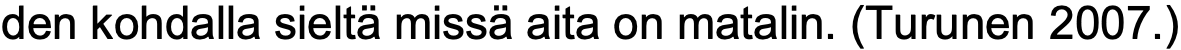
den kohdalla sieltä missä aita on matalin. (Turunen 2007.)